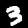
Digit: 3